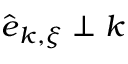
\hat { \boldsymbol e } _ { { \boldsymbol k } , { \boldsymbol \xi } } \perp { \boldsymbol k }